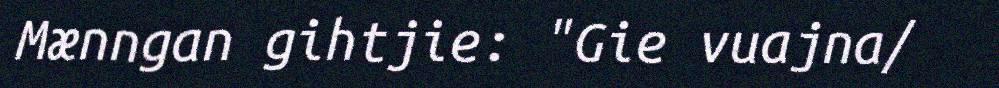
Mænngan gihtjie: "Gie vuajna/